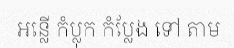
អន្លើ កំប្លុក កំប្លែង ទៅ តាម